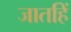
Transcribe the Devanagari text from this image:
जातहिं